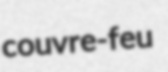
couvre-feu